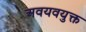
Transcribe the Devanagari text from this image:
अवयवयुक्त